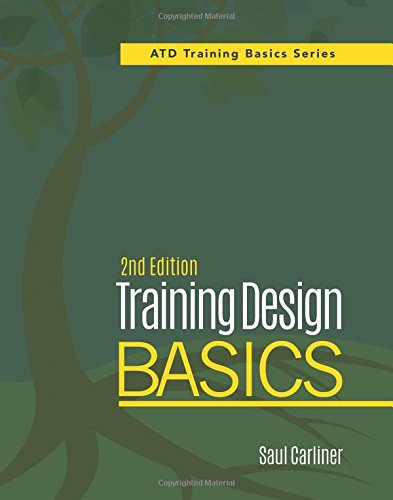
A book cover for Training Design Basics (ATD Training Basics); Saul Carliner; Business & Money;